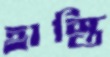
হাস্তি